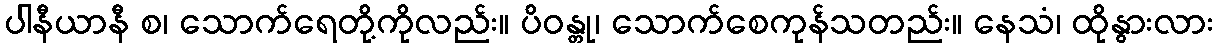
ပါနီယာနီ စ၊ သောက်ရေတို့ကိုလည်း။ ပိဝန္တု၊ သောက်စေကုန်သတည်း။ နေသံ၊ ထိုနွားလား